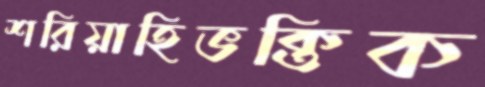
শরিয়াহিভক্তিক